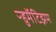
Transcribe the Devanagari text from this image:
ऱ्हुमॅटिझम